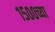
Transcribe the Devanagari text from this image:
१५००च्या